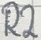
Text: R2